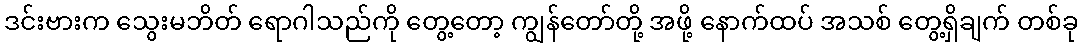
ဒင်းဗားက သွေးမဘိတ် ရောဂါသည်ကို တွေ့တော့ ကျွန်တော်တို့ အဖို့ နောက်ထပ် အသစ် တွေ့ရှိချက် တစ်ခု